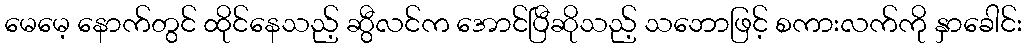
မေမေ့ နောက်တွင် ထိုင်နေသည့် ဆွီလင်က အောင်ပြီဆိုသည့် သဘောဖြင့် စကားလက်ကို နှာခေါင်း